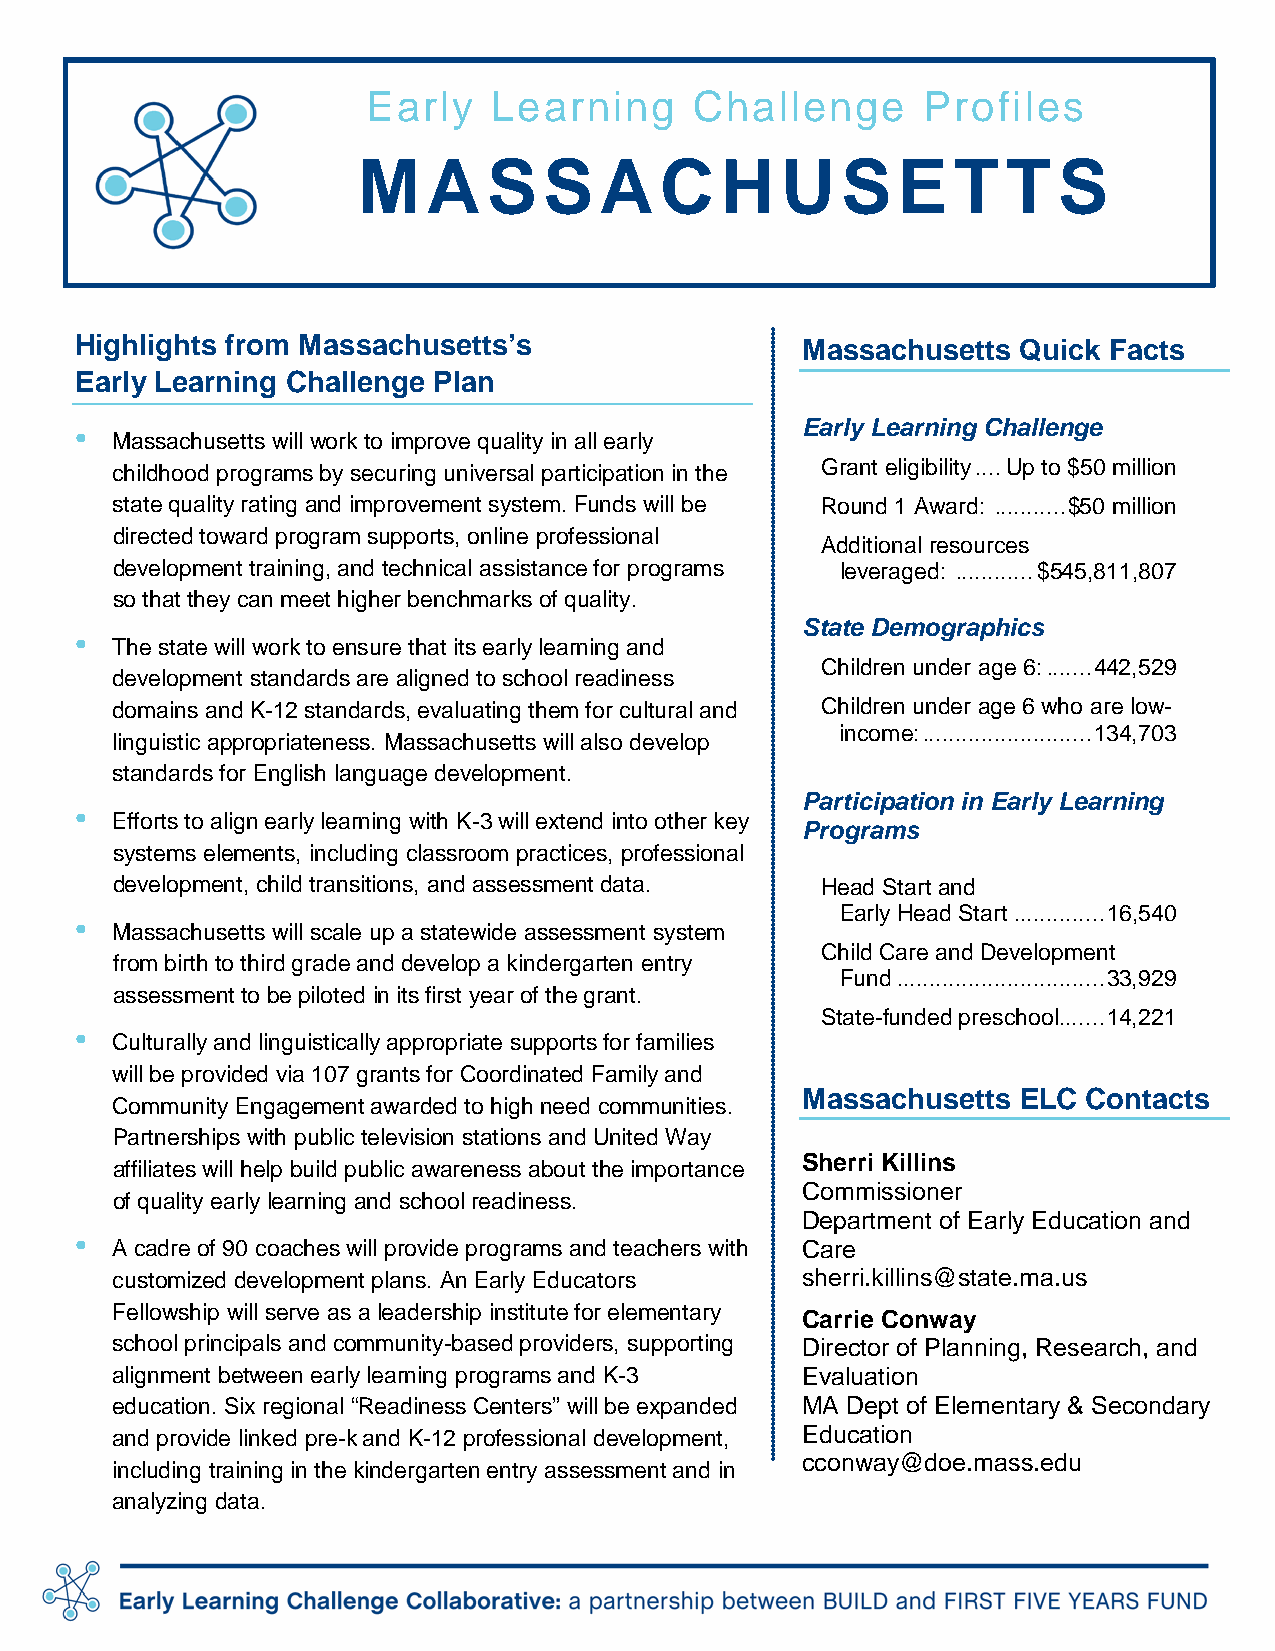
Early    Learning     Challenge      Profiles
 M   A   SSA         C   H   USETT             S
 Highlights from Massachusetts’s                 Massachusetts Quick Facts
 Early Learning Challenge Plan
 •                                               Early Learning Challenge
 Massachusetts will work to improve quality in all early
 childhood programs by securing universal participation in the Grant eligibility .... Up to $50 million
 state quality rating and improvement system. Funds will be Round 1 Award: ........... $50 million
 directed toward program supports, online professional
 Additional resources
 development training, and technical assistance for programs leveraged: ............ $545,811,807
 so that they can meet higher benchmarks of quality.
 State Demographics
 •
 The state will work to ensure that its early learning and
 Children under age 6: ....... 442,529
 development standards are aligned to school readiness
 domains and K-12 standards, evaluating them for cultural and Children under age 6 who are low-
 income: .......................... 134,703
 linguistic appropriateness. Massachusetts will also develop
 standards for English language development.
 Participation in Early Learning
 •
 Efforts to align early learning with K-3 will extend into other key
 Programs
 systems elements, including classroom practices, professional
 development, child transitions, and assessment data. Head Start and
 Early Head Start .............. 16,540
 •
 Massachusetts will scale up a statewide assessment system
 Child Care and Development
 from birth to third grade and develop a kindergarten entry
 Fund ................................ 33,929
 assessment to be piloted in its first year of the grant.
 State-funded preschool ....... 14,221
 •
 Culturally and linguistically appropriate supports for families
 will be provided via 107 grants for Coordinated Family and
 Massachusetts ELC  Contacts
 Community Engagement awarded to high need communities.
 Partnerships with public television stations and United Way
 affiliates will help build public awareness about the importance Sherri Killins
 Commissioner
 of quality early learning and school readiness.
 Department of Early Education and
 •
 A cadre of 90 coaches will provide programs and teachers with Care
 customized development plans. An Early Educators sherri.killins@state.ma.us
 Fellowship will serve as a leadership institute for elementary
 Carrie Conway
 school principals and community-based providers, supporting Director of Planning, Research, and
 alignment between early learning programs and K-3 Evaluation
 education. Six regional “Readiness Centers” will be expanded MA Dept of Elementary & Secondary
 and provide linked pre-k and K-12 professional development, Education
 cconway@doe.mass.edu
 including training in the kindergarten entry assessment and in
 analyzing data.